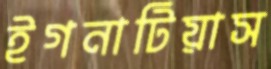
ইগনাটিয়াস